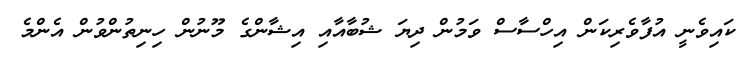
ކައިވެނީ އުފާވެރިކަން އިހްސާސް ވަމުން ދިޔަ ޝުބާއާއި އިޝާންގެ މޫނުން ހިނިތުންވުން އެންމެ